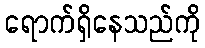
ရောက်ရှိနေသည်ကို